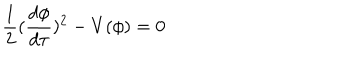
\frac { 1 } { 2 } ( \frac { d \phi } { d \tau } ) ^ { 2 } - V ( \phi ) = 0